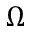
\Omega